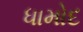
ધામોદ